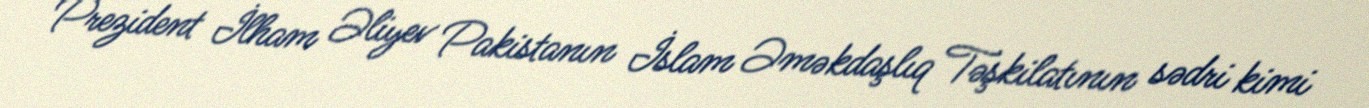
Prezident İlham Əliyev Pakistanın İslam Əməkdaşlıq Təşkilatının sədri kimi